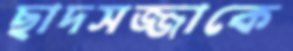
ছাদসজ্জাকে